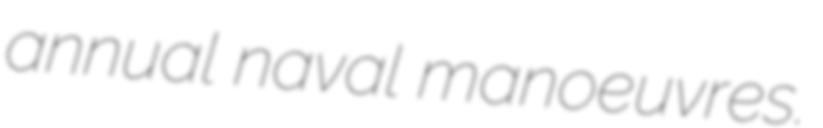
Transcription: annual naval manoeuvres.